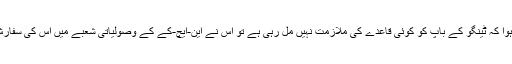
جب اسے یہ معلوم ہوا کہ ٹینگو کے باپ کو کوئی قاعدے کی ملازمت نہیں مل رہی ہے تو اس نے این-ایچ-کے کے وصولیاتی شعبے میں اس کی سفارش کی پیش کش کی۔